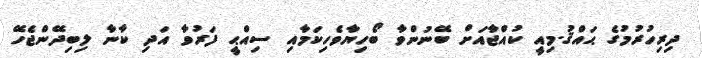
ދިރިހުރުމުގެ ޙައްޤު.މިއީ ކުއްޖާއަށް ބޭނުންވާ ބޯހިޔާވެހިކަމާއި ސިއްޙީ ފަރުވާ އަދި ކާނާ ލިބިދޭންޖެހޭ